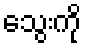
သွေးကို